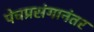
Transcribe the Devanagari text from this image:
पेचप्रसंगानंतर